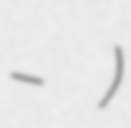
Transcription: – )